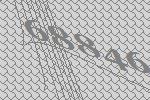
68846